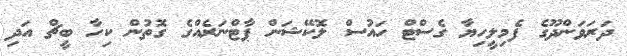
ދަރަވަންދޫގެ ފެމިލީހިޔާ ގެސްޓް ހައުސް ލޮކޭޝަން ޕާޓްނަރެއްގެ ގޮތުން ކިހާ ބީޗް އަދި